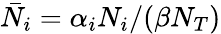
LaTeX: \bar{N}_{i}=\alpha_{i}N_{i}/(\beta N_{T})